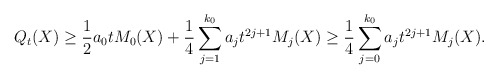
\begin{align*}Q_t(X) \geq \frac{1}{2}a_0 t M_0(X)+\frac{1}{4}\sum_{j=1}^{k_0}a_j t^{2j+1}M_j(X)\geq \frac{1}{4}\sum_{j=0}^{k_0}a_j t^{2j+1}M_j(X).\end{align*}